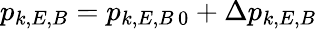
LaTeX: p_{k,E,B}=p_{k,E,B\, 0}+\Delta p_{k,E,B}